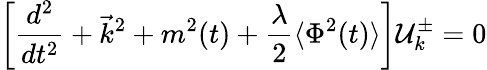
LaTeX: \left[\frac{d^{2}}{dt^{2}}+\vec{k}^{2}+m^{2}(t)+\frac{\lambda}{2}\langle\Phi^{2}(t)\rangle\right]{\cal{U}}_{k}^{\pm}=0